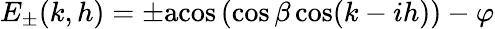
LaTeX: E_{\pm}(k,h)=\pm\mathrm{acos}\left(\cos\beta\cos(k-ih)\right)-\varphi